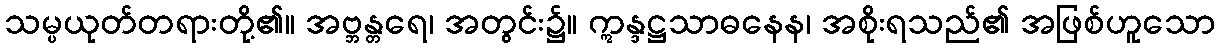
သမ္ပယုတ်တရားတို့၏။ အဗ္ဘန္တရေ၊ အတွင်း၌။ ဣန္ဒဋ္ဌသာဓနေန၊ အစိုးရသည်၏ အဖြစ်ဟူသော